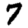
Digit: 7